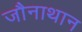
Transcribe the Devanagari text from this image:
जौनाथान